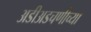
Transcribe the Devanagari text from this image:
अडीअडचणीच्या